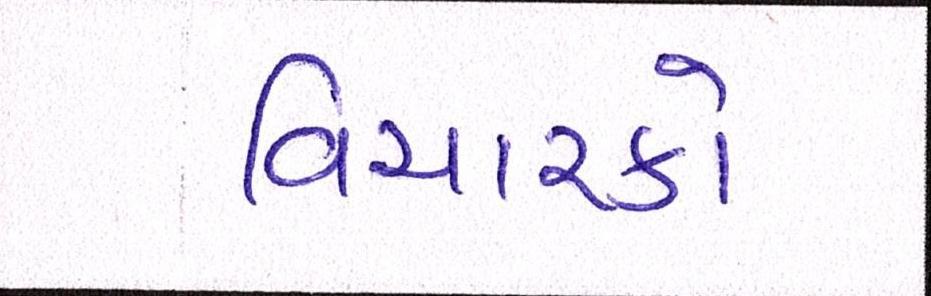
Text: વિચારકો